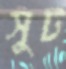
সুট